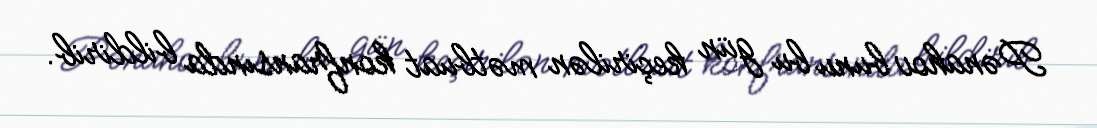
Pənahov bunu bu gün keçirilən mətbuat konfransında bildirib.